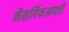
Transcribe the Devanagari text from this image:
नैसर्गिकआपत्ती